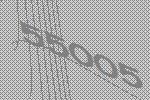
55005